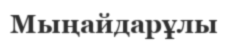
Мыңайдарұлы